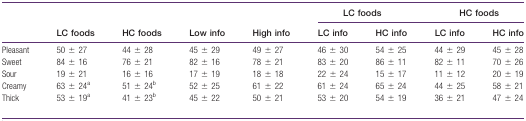
|  |  |  |  |  | <COLSPAN=2> LC foods | <COLSPAN=2> HC foods |
 |  | LC foods | HC foods | Low info | High info | LC info | HC info | LC info | HC info |
 | --- | --- | --- | --- | --- | --- | --- | --- | --- |
 | Pleasant | 50 ± 27 | 44 ± 28 | 45 ± 29 | 49 ± 27 | 46 ± 30 | 54 ± 25 | 44 ± 29 | 45 ± 28 |
 | Sweet | 84 ± 16 | 76 ± 21 | 82 ± 16 | 78 ± 21 | 83 ± 20 | 86 ± 11 | 82 ± 11 | 70 ± 26 |
 | Sour | 19 ± 21 | 16 ± 16 | 17 ± 19 | 18 ± 18 | 22 ± 24 | 15 ± 17 | 11 ± 12 | 20 ± 19 |
 | Creamy | 63 ± 24a | 51 ± 24b | 52 ± 25 | 61 ± 22 | 61 ± 24 | 65 ± 24 | 44 ± 25 | 58 ± 21 |
 | Thick | 53 ± 19a | 41 ± 23b | 45 ± 22 | 50 ± 21 | 53 ± 20 | 54 ± 19 | 36 ± 21 | 47 ± 24 |